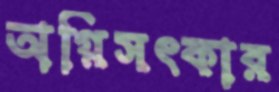
অগ্নিসৎকার